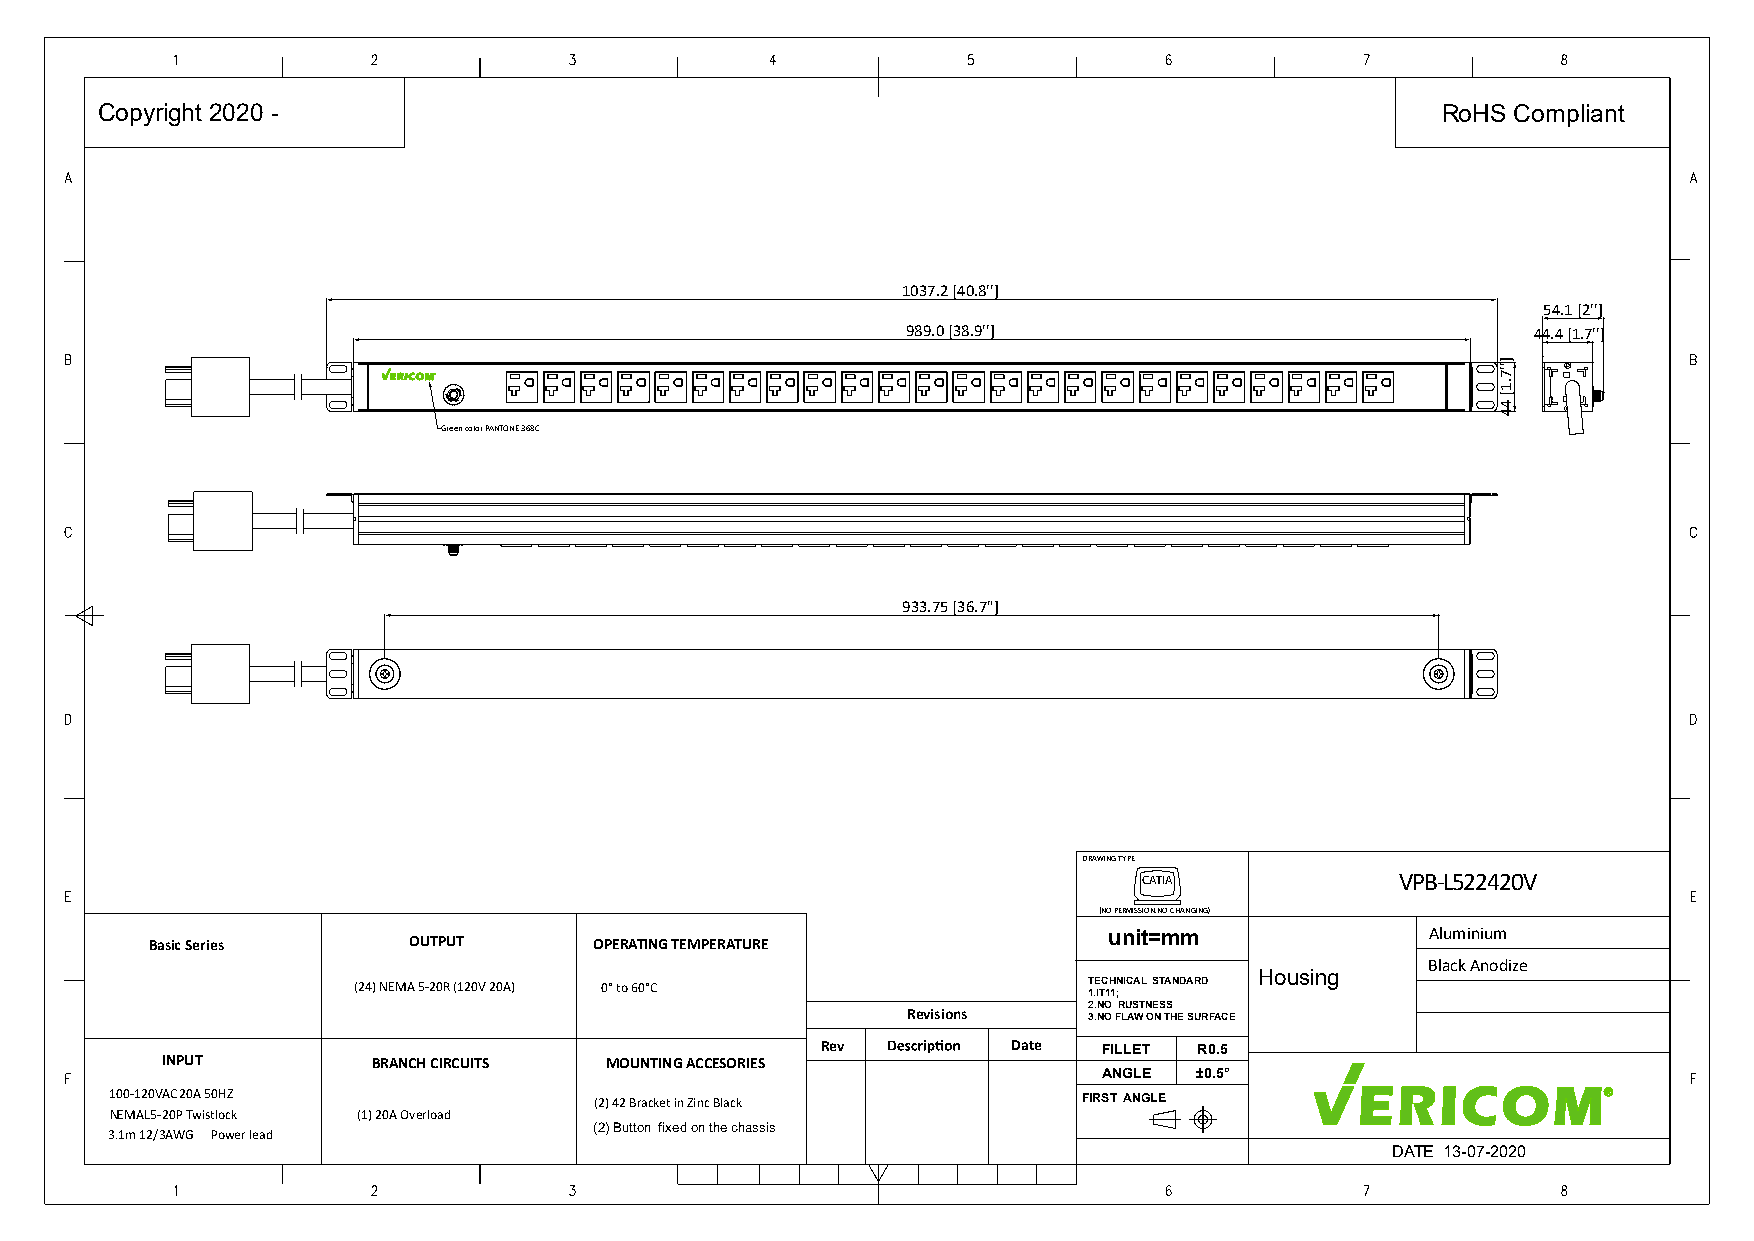
Copyright 2020 -                                                                         RoHS Compliant
 1037.2 [40.8'']
 54.1 [2'']
 989.0 [38.9'']                            44.4 [1.7'']
 Green color PANTONE 368C
 933.75 [36.7"]
 DRAWING TYPE
 CATIA            VPB-L522420V
 (NO PERMISSION.NO CHANGING)
 Basic Series     OUTPUT      OPERATING TEMPERATURE             unit=mm               Aluminium
 Black Anodize
 Housing
 (24) NEMA 5-20R (120V 20A) 0° to 60°C            TECHNICAL STANDARD
 1.IT11;
 2.NO RUSTNESS
 Revisions   3.NO FLAW ON THE SURFACE
 Rev          Date  FILLET R0.5
 INPUT         BRANCH CIRCUITS MOUNTING ACCESORIES
 ANGLE ±0.5°
 100-120VAC 20A 50HZ             (2) 42 Bracket in Zinc Black     FIRST ANGLE
 NEMAL5-20P Twistlock (1) 20A Overload
 (2) Button fixed on the chassis
 3.1m 12/3AWG Power lead
 DATE 13-07-2020
 ]''7.1[
 44